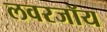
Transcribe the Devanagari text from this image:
लवरजॉय